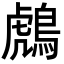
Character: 𪂬